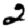
Digit: 2